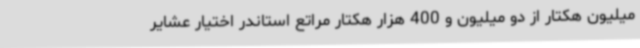
میلیون هکتار از دو میلیون و 400 هزار هکتار مراتع استاندر اختیار عشایر